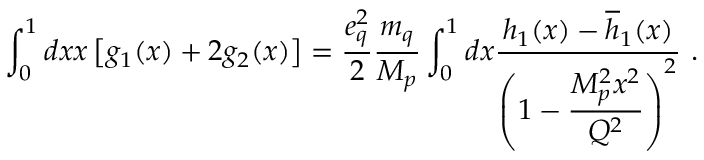
\int _ { 0 } ^ { 1 } d x x \left[ g _ { 1 } ( x ) + 2 g _ { 2 } ( x ) \right] = \frac { e _ { q } ^ { 2 } } { 2 } \frac { m _ { q } } { M _ { p } } \int _ { 0 } ^ { 1 } d x \frac { h _ { 1 } ( x ) - \overline { { { h } } } _ { 1 } ( x ) } { \displaystyle { \left( 1 - \frac { M _ { p } ^ { 2 } x ^ { 2 } } { Q ^ { 2 } } \right) ^ { 2 } } } ~ .